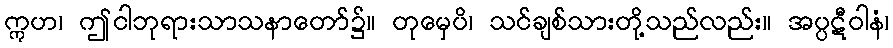
ဣဟ၊ ဤငါဘုရားသာသနာတော်၌။ တုမှေပိ၊ သင်ချစ်သားတို့သည်လည်း။ အပ္ပဋီဝါနံ၊